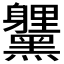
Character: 𮮞